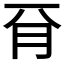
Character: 𣍡